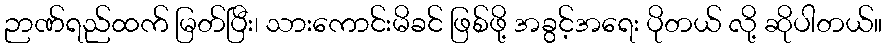
ဉာဏ်ရည်ထက် မြတ်ပြီး၊ သားကောင်းမိခင် ဖြစ်ဖို့ အခွင့်အရေး ပိုတယ် လို့ ဆိုပါတယ်။